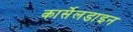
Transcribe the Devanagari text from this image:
कार्सेलडाइन